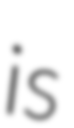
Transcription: is